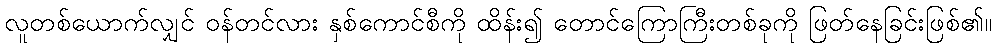
လူတစ်ယောက်လျှင် ဝန်တင်လား နှစ်ကောင်စီကို ထိန်း၍ တောင်ကြောကြီးတစ်ခုကို ဖြတ်နေခြင်းဖြစ်၏။